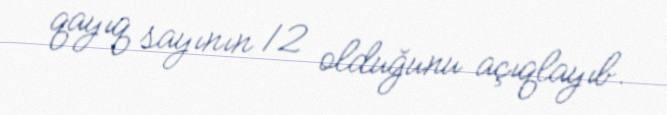
qayıq sayının 12 olduğunu açıqlayıb.